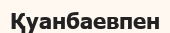
Қуанбаевпен